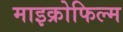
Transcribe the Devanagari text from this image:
माइक्रोफिल्‍म